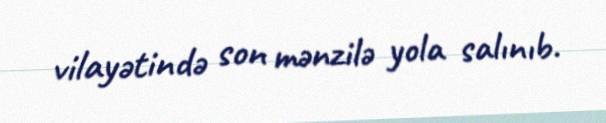
vilayətində son mənzilə yola salınıb.